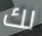
لك